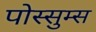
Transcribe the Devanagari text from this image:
पोस्सुम्स